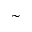
\sim